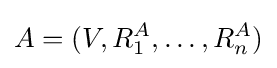
A=(V,R_{1}^{A},\ldots ,R_{n}^{A})